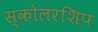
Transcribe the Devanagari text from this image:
स्कोलरशिप